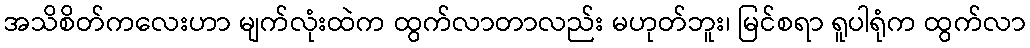
အသိစိတ်ကလေးဟာ မျက်လုံးထဲက ထွက်လာတာလည်း မဟုတ်ဘူး၊ မြင်စရာ ရူပါရုံက ထွက်လာ